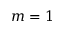
m = 1